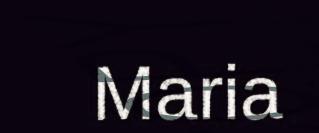
Maria